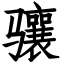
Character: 骧